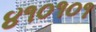
૪૧૦૧૦૧